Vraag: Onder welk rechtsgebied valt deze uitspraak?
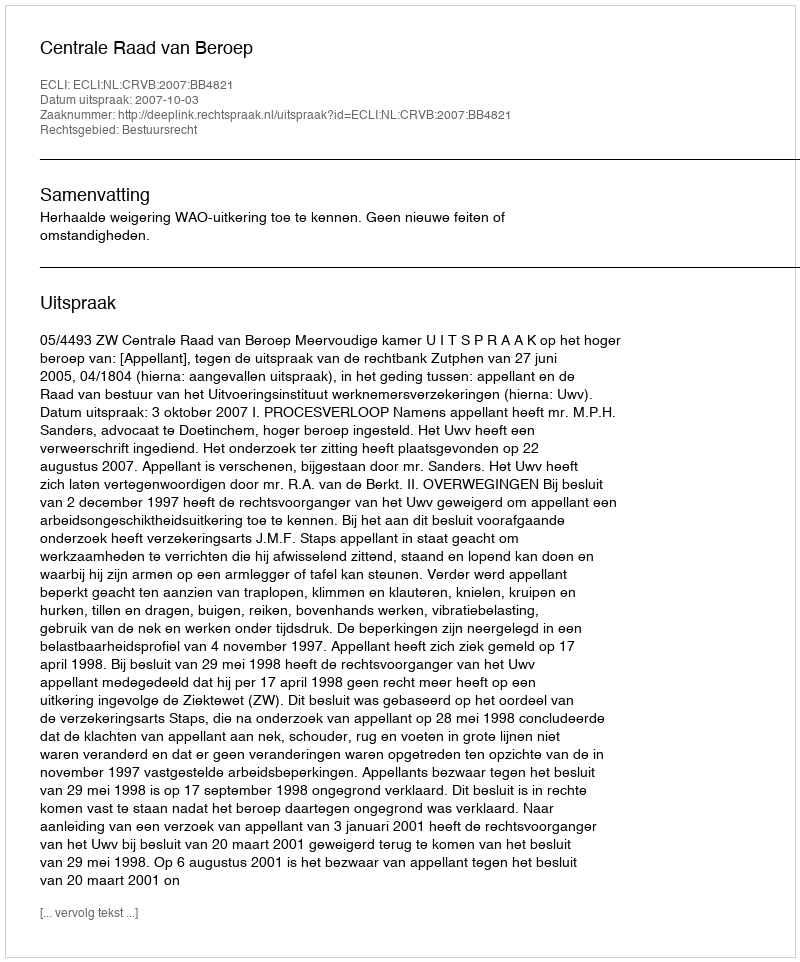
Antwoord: Bestuursrecht